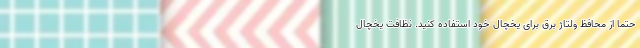
حتما از محافظ ولتاژ برق برای یخچال خود استفاده کنید. نظافت یخچال